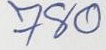
780